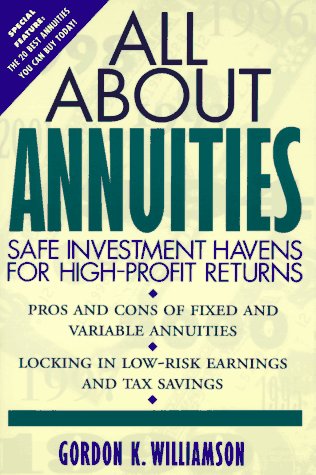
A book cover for All About Annuities: Safe Investment Havens for High-Profit Returns; Gordon K. Williamson; Business & Money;